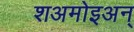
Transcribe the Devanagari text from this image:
शअमोइअन्